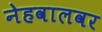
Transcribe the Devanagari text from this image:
नेहवालवर